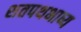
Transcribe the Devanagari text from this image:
शतपथभाष्य